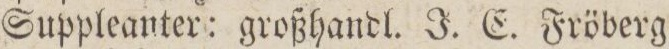
Suppleanter: großhandl. J. E. Fröberg,